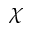
\chi